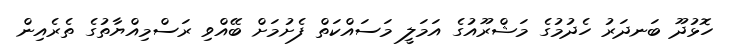
ހޮޅުދޫ ބަނދަރު ހެދުމުގެ މަޝްރޫއުގެ އަމަލީ މަސައްކަތް ފެށުމަށް ބޭއްވި ރަސްމިއްޔާތުގެ ތެރެއިން